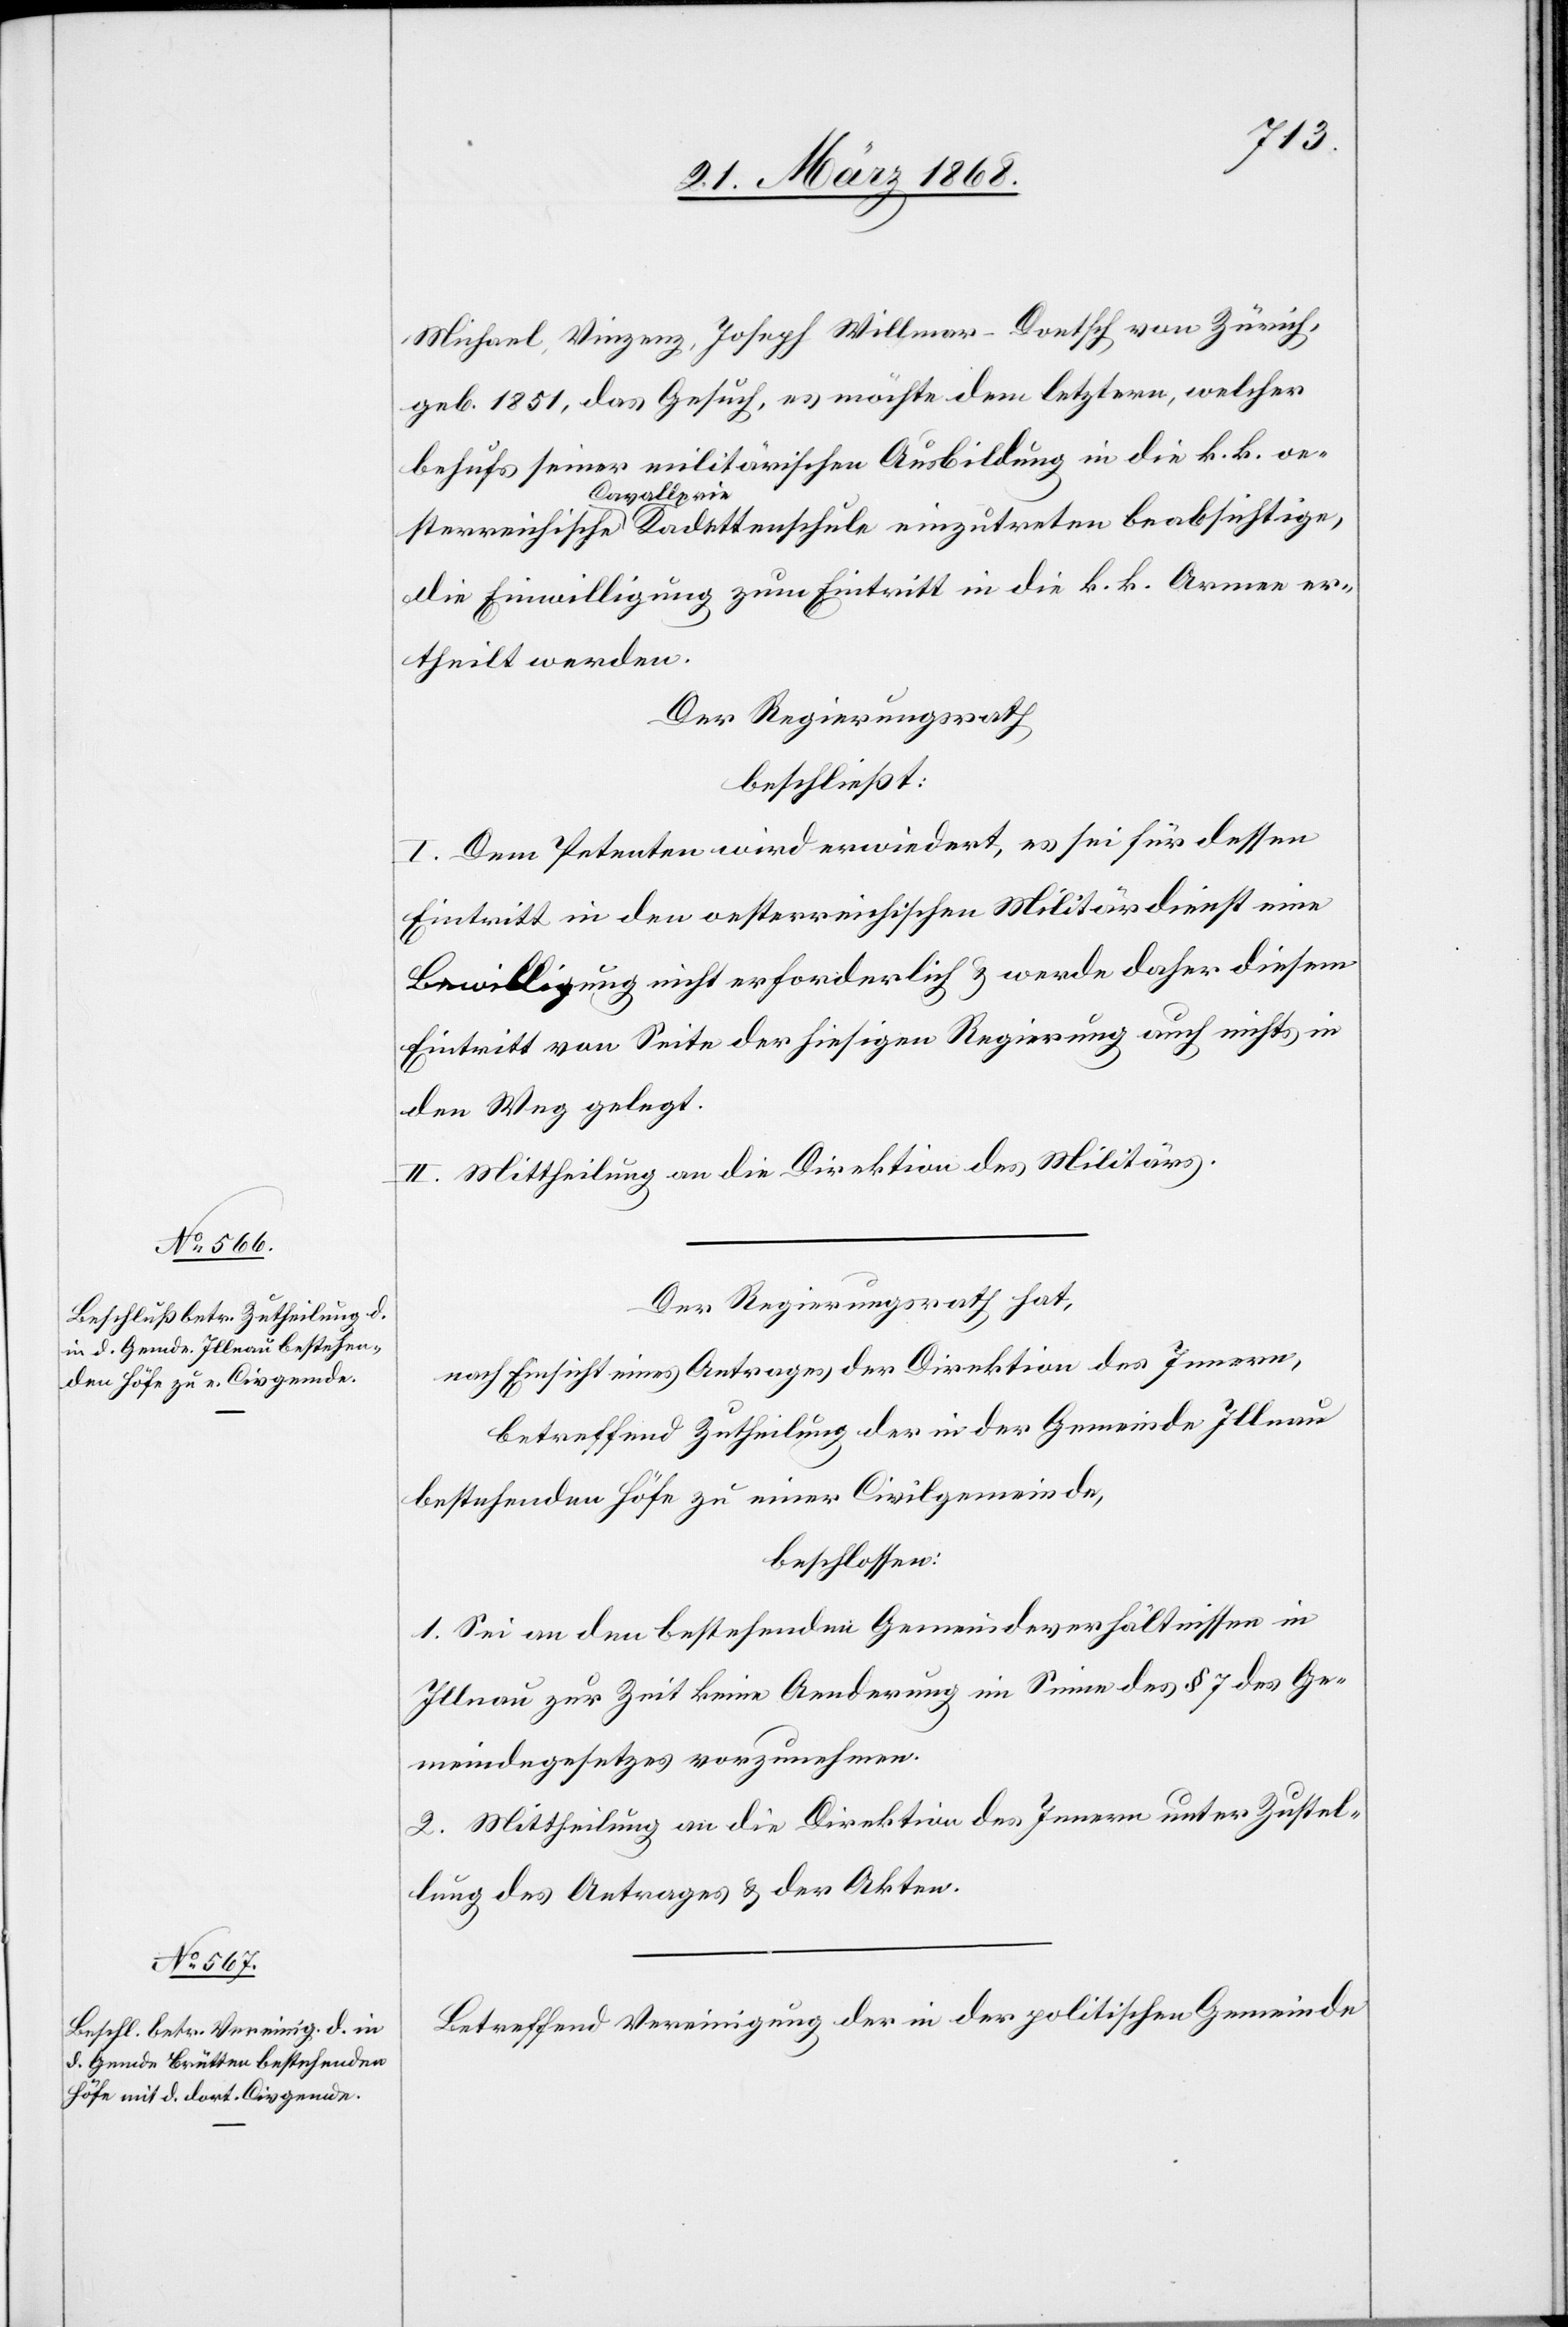
Michael, Vinzenz, Joseph Willmar-Doetsch von Zürich,
geb. 1851, das Gesuch, es möchte dem letztern, welcher
behufs seiner militärischen Ausbildung in die k. k. oe¬
sterreichische Cavallerie Kadettenschule einzutreten beabsichtige,
die Einwilligung zum Eintritt in die k. k. Armee er¬
theilt werden.
Der Regierungsrath
beschließt:
I. Dem Petenten wird erwiedert, es sei für dessen
Eintritt in den oesterreichischen Militärdienst eine
Bewilligung nicht erforderlich & werde daher diesem
Eintritt von Seite der hiesigen Regierung auch nichts in
den Weg gelegt.
II. Mittheilung an die Direktion des Militärs.
Der Regierungsrath hat,
nach Einsicht eines Antrages der Direktion des Innern,
betreffend Zutheilung der in der Gemeinde Illnau
bestehenden Höfe zu einer Civilgemeinde,
beschlossen:
1. Sei an den bestehenden Gemeindeverhältnissen in
Illnau zur Zeit keine Aenderung im Sinne des § 7 des Ge¬
meindegesetzes vorzunehmen.
2. Mittheilung an die Direktion des Innern unter Zustel¬
lung des Antrages & der Akten.
Betreffend Vereinigung der in der politischen Gemeinde